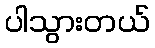
ပါသွားတယ်